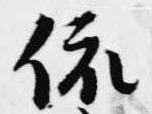
依